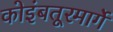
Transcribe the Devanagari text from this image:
कोइंबतूरमार्गे